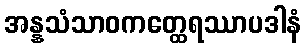
အန္နသံသာဝကတ္ထေရဿာပဒါနံ